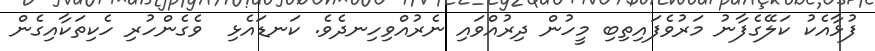
ފުޅާއެކު ކަލޭގެފާނު މަރުވެފައިތިބި މީހުން ދިރުއްވައި ނެރުއްވިހިނދެވެ. ކަނޑައެޅި  ވެގެންހުރި ހެކިތަކާއިގެން